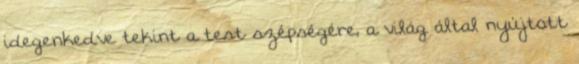
idegenkedve tekint a test szépségére, a világ által nyújtott